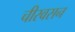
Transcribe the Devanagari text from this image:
चीरवसन